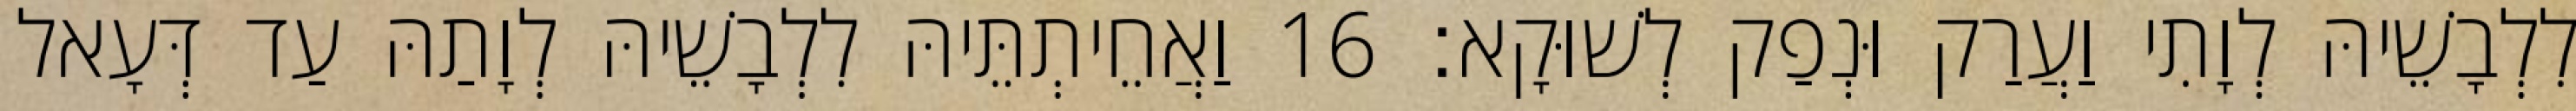
לִלְבָשֵׁיהּ לְוָתִי וַעֲרַק וּנְפַק לְשׁוּקָא׃ 16 וַאֲחֵיתְתֵּיהּ לִלְבָשֵׁיהּ לְוָתַהּ עַד דְּעָאל